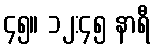
၄၅။ ၁၂:၄၅ နာရီ